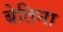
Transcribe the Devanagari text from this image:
बेतिना